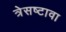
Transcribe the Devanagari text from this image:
त्रेसष्टावा